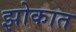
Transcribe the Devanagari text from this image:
झोकात